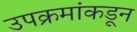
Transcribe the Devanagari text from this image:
उपक्रमांकडून